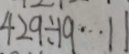
4 9 2 \div 1 9 \cdots 1 1